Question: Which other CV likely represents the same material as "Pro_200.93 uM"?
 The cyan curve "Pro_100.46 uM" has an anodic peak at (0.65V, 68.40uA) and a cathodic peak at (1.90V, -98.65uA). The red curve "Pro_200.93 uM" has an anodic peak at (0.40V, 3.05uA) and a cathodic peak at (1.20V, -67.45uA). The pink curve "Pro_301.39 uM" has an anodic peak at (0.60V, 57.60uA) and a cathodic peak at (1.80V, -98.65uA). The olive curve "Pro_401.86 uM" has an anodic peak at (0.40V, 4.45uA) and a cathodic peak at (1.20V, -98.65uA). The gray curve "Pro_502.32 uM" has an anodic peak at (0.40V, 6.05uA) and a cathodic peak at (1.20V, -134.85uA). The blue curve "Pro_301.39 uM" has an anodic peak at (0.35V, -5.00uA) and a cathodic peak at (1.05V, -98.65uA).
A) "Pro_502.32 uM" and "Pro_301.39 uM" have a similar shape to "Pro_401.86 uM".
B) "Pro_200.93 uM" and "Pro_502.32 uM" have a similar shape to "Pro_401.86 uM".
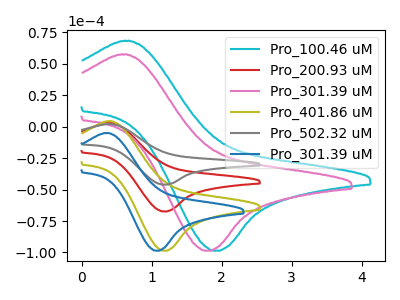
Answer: <think>"Pro_100.46 uM" and "Pro_200.93 uM" have at least one peak that do not match. "Pro_100.46 uM" and "Pro_301.39 uM" have at least one peak that do not match. "Pro_100.46 uM" and "Pro_401.86 uM" have at least one peak that do not match. "Pro_100.46 uM" and "Pro_502.32 uM" have at least one peak that do not match. "Pro_100.46 uM" and "Pro_301.39 uM" have at least one peak that do not match. "Pro_200.93 uM" and "Pro_301.39 uM" have at least one peak that do not match. All the peaks in "Pro_200.93 uM" have a peak in "Pro_401.86 uM" at the same potential. Every peak in "Pro_200.93 uM" is lower than every peak in "Pro_401.86 uM". All the peaks in "Pro_200.93 uM" have a peak in "Pro_502.32 uM" at the same potential. Every peak in "Pro_200.93 uM" is lower than every peak in "Pro_502.32 uM". "Pro_200.93 uM" and "Pro_301.39 uM" have at least one peak that do not match. "Pro_301.39 uM" and "Pro_401.86 uM" have at least one peak that do not match. "Pro_301.39 uM" and "Pro_502.32 uM" have at least one peak that do not match. "Pro_301.39 uM" and "Pro_301.39 uM" have at least one peak that do not match. All the peaks in "Pro_401.86 uM" have a peak in "Pro_502.32 uM" at the same potential. Every peak in "Pro_401.86 uM" is lower than every peak in "Pro_502.32 uM". "Pro_401.86 uM" and "Pro_301.39 uM" have at least one peak that do not match. "Pro_502.32 uM" and "Pro_301.39 uM" have at least one peak that do not match.
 </think>
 <answer>B) "Pro_200.93 uM" and "Pro_502.32 uM" have a similar shape to "Pro_401.86 uM".</answer>
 <eval>B</eval>